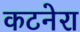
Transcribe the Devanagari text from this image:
कटनेरा